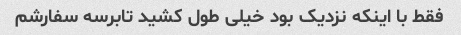
فقط با اینکه نزدیک بود خیلی طول کشید تابرسه سفارشم